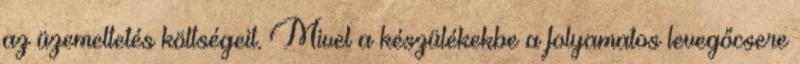
az üzemeltetés költségeit. Mivel a készülékekbe a folyamatos levegőcsere